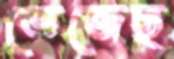
ভেজেছ